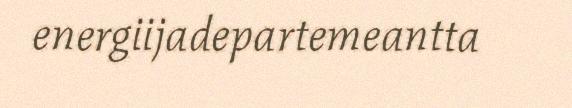
energiijadepartemeantta